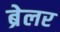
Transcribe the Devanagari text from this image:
ब्रेलर